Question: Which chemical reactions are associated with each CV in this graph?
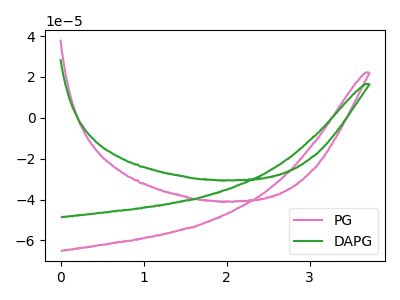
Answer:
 <answer>The pink curve is labeled "PG". The green curve is labeled "DAPG".</answer>
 <eval></eval>